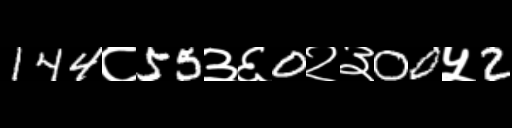
Text: 144८55३६0२३00५2